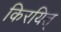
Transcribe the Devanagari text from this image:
किरयित्